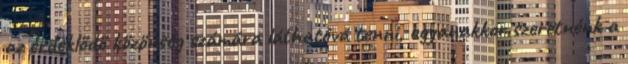
az érdeklődő közönség számára láthatóvá tenni, ugyanakkor szeretnénk a